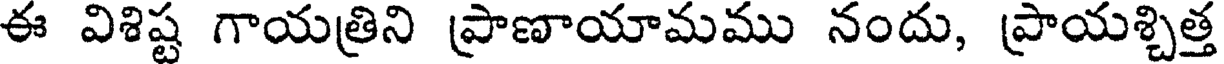
ఈ విశిష్ట గాయత్రిని ప్రాణాయామము నందు, ప్రాయశ్చిత్త